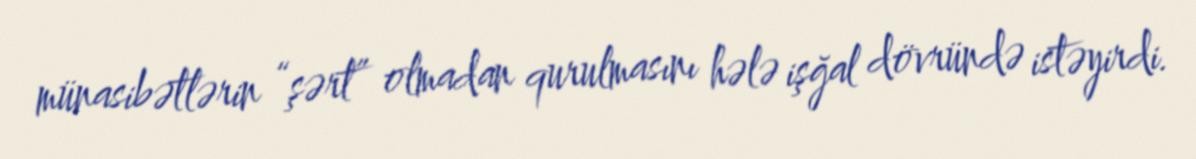
münasibətlərin “şərt” olmadan qurulmasını hələ işğal dövründə istəyirdi.